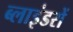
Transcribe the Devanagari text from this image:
ब्लाइंडरों